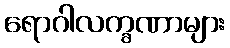
ရောဂါလက္ခဏာများ